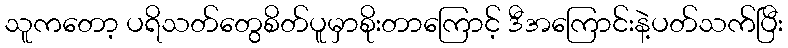
သူကတော့ ပရိသတ်တွေစိတ်ပူမှာစိုးတာကြောင့် ဒီအကြောင်းနဲ့ပတ်သက်ပြီး